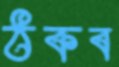
ঠকব